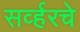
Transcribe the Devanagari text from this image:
सर्व्हरचे